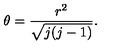
\theta = \frac { r ^ { 2 } } { \sqrt { j ( j - 1 ) } } .